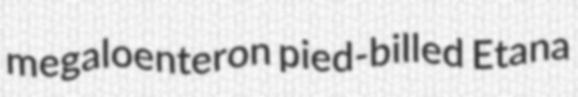
megaloenteron pied-billed Etana